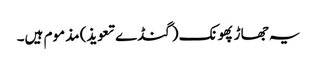
یہ جھاڑ پھونک (گنڈے تعویذ) مذموم ہیں۔